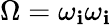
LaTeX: \Omega=\omega_{\mathbf{i}}\omega_{\mathbf{i}}